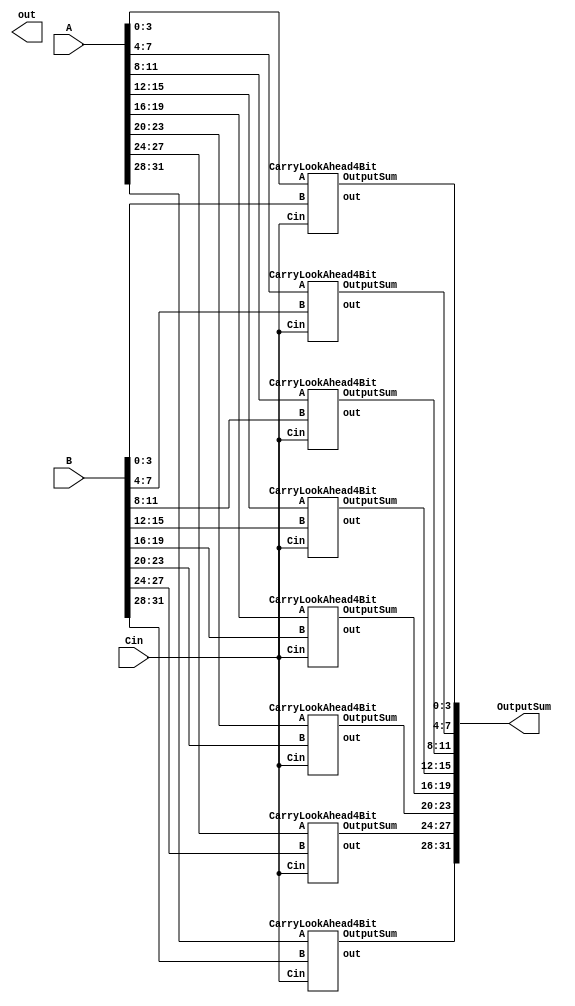
`timescale 1ns / 1ps
//////////////////////////////////////////////////////////////////////////////////
// Company: 
// Engineer: 
// 
// Design Name: 
// Module Name: CarryLookAhead
// Project Name: 
// Target Devices: 
// Tool Versions: 
// Description: 
// 
// Dependencies: 
// 
// Revision:
// Revision 0.01 - File Created
// Additional Comments:
// 
//////////////////////////////////////////////////////////////////////////////////


module CarryLookAhead(A,B,Cin,OutputSum,out);
input [31:0] A,B;
input Cin;
output wire [31:0] OutputSum;
output out;
wire [8:0] Carry;

CarryLookAhead4Bit A1(A[3:0],B[3:0],Cin,OutputSum[3:0],Carry[0]);
CarryLookAhead4Bit A2(A[7:4],B[7:4],Cin,OutputSum[7:4],Carry[1]);
CarryLookAhead4Bit A3(A[11:8],B[11:8],Cin,OutputSum[11:8],Carry[2]);
CarryLookAhead4Bit A4(A[15:12],B[15:12],Cin,OutputSum[15:12],Carry[3]);
CarryLookAhead4Bit A5(A[19:16],B[19:16],Cin,OutputSum[19:16],Carry[4]);
CarryLookAhead4Bit A6(A[23:20],B[23:20],Cin,OutputSum[23:20],Carry[5]);
CarryLookAhead4Bit A7(A[27:24],B[27:24],Cin,OutputSum[27:24],Carry[6]);
CarryLookAhead4Bit A8(A[31:28],B[31:28],Cin,OutputSum[31:28],Carry[7]);



endmodule

module CarryLookAhead4Bit(A,B,Cin,OutputSum,out);
input [3:0] A,B;
input Cin;
output [3:0] OutputSum;
output out;
wire [3:0] C;
wire [3:0] G, P;
wire tempCarry;

assign  P=A^B;
assign  G=A&B;


assign  C[0]=G[0]|(P[0]&Cin);
assign  C[1]=G[1]|(P[1]&G[0])|(P[1]&Cin&P[0]);
assign  C[2]=G[2]|(P[2]&G[1])|(P[2]&P[1]&G[0])|(P[2]&P[1]&P[0]&Cin);
assign  C[3]=G[3]|(P[3]&G[2])|(P[3]&P[2]&G[1])|(P[3]&P[2]&P[1]&G[0])|(P[3]&P[2]&P[1]&P[0]&Cin);


assign OutputSum=C^P;
endmodule